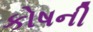
કોષની